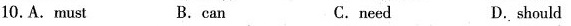
10.A.Must B. can C.need D.shou